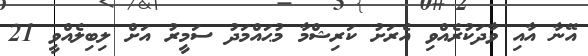
އޭނާ އާއި ވާދަކުރެއްވި އެރަށު ކަރިޝްމާ މުޙައްމަދު ސަމީރު އަށް ލިބިލެއްވީ 21